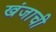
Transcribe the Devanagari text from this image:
खंजाची